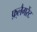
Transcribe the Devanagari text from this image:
फ़्लैगरेंट